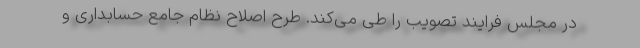
در مجلس فرایند تصویب را طی می‌کند. طرح اصلاح نظام جامع حسابداری و